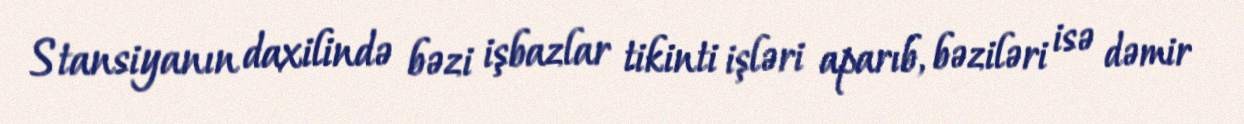
Stansiyanın daxilində bəzi işbazlar tikinti işləri aparıb, bəziləri isə dəmir